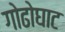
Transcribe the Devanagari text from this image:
गोढोघाट